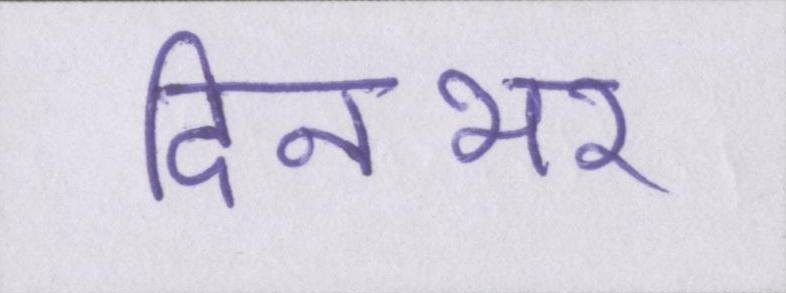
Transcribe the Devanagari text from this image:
दिनभर